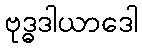
ဗုဒ္ဓဒါယာဒေါ